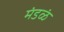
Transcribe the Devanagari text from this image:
मंडळं